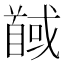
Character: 馘